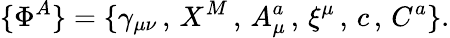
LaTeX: \{ \Phi^{A}\} =\{ \gamma_{\mu\nu}\, ,\, X^{M}\, ,\, A_{\mu}^{a}\, ,\, \xi^{\mu}\, ,\, c\, ,\, C^{a}\} .